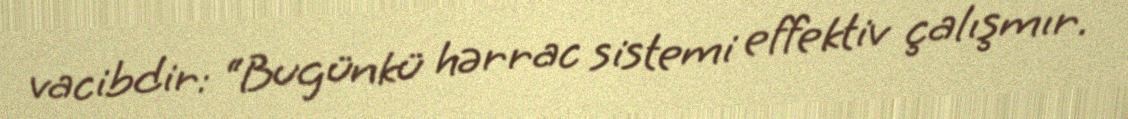
vacibdir: “Bugünkü hərrac sistemi effektiv çalışmır.